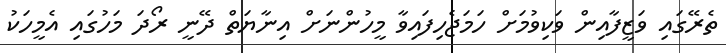
ތެރޭގައި ވަޒީފާއިން ވަކިވުމަށް ހަމަޖެހިފައިވާ މީހުންނަށް އިނާޔަތް ދޭނީ ރޯދަ މަހުގައި އެމީހަކު